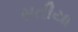
સતીયા